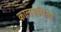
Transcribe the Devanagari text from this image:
कालजयिता